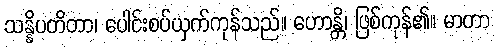
သန္နိပတိတာ၊ ပေါင်းစပ်ယှက်ကုန်သည်။ ဟောန္တိ၊ ဖြစ်ကုန်၏။ မာတာ